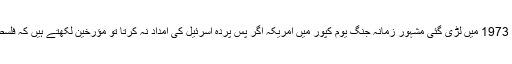
عربوں کی اسرائیل کے ساتھ 1973 میں لڑی گئی مشہورِ زمانہ جنگ یوم کپور میں امریکہ اگر پسِ پردہ اسرئیل کی امداد نہ کرتا تو مؤرخین لکھتے ہیں کہ فلسطین کا مسئلہ حل ہو چکا ہوتا۔